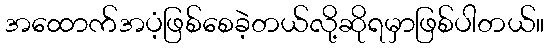
အထောက်အပံ့ဖြစ်စေခဲ့တယ်လို့ဆိုရမှာဖြစ်ပါတယ်။